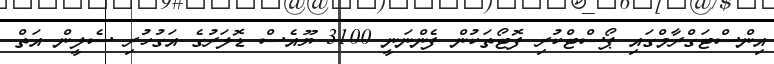
އިންސްޓަގްރާމްގައި ޕޯސްޓްކުރި ފޮޓޯތަކުން ފެންނަނީ 3100 ޔޫއެސް ޑޮލަރުގެ އަގުހުރި ސެލީން އަތް